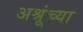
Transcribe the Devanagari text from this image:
अश्रूंच्या